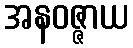
အနဝဇ္ဇာယ